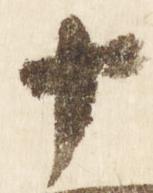
十